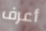
أعرف